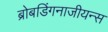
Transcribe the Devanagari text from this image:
ब्रोबडिंगनाजीयन्स